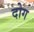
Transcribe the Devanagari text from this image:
दोग